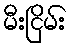
မီးငြိမ်း